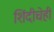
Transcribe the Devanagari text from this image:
शिंदीचेही